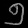
Digit: ၅